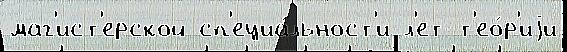
маг'ист'ерской сп'ециа́льност'и л'ет т'ео́р'иjи